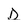
Character: D